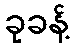
ခုခန့်